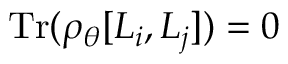
\operatorname { T r } ( \rho _ { \boldsymbol { \theta } } [ L _ { i } , L _ { j } ] ) = 0